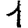
Digit: 1